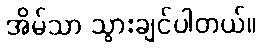
အိမ်သာ သွားချင်ပါတယ်။